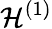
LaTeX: \mathcal{H}^{(1)}